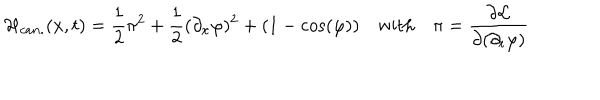
{ \cal H } _ { c a n . } ( x , t ) = \frac { 1 } { 2 } \pi ^ { 2 } + \frac { 1 } { 2 } ( \partial _ { x } \varphi ) ^ { 2 } + ( 1 - \cos ( \varphi ) ) \quad \mathrm { w i t h } \quad \pi = \frac { \partial { \cal L } } { \partial ( \partial _ { t } \varphi ) }